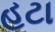
હટા